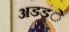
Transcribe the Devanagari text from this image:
अडड्े